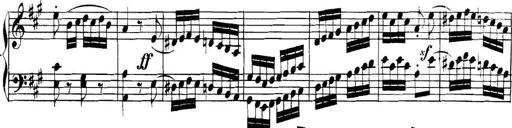
Title: Collected Piano Sonatas
Composer: Muzio Clementi